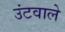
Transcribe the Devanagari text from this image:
उंटवाले